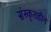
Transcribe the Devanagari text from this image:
संस्कृतहीन